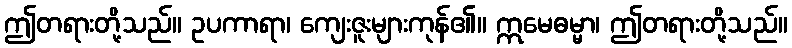
ဤတရားတို့သည်။ ဥပကာရာ၊ ကျေးဇူးများကုန်၏။ ဣမေဓမ္မာ၊ ဤတရားတို့သည်။